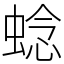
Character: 𬠖